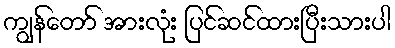
ကျွန်တော် အားလုံး ပြင်ဆင်ထားပြီးသားပါ